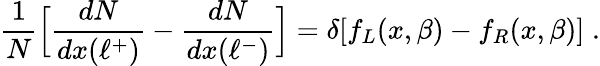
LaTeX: {\frac{1}{N}}\Bigl[{\frac{dN}{dx(\ell^{+})}}-{\frac{dN}{dx(\ell^{-})}}\Bigr]=\delta[f_{L}(x,\beta)-f_{R}(x,\beta)]\; .